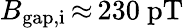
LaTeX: B_{\mathrm{gap,i}}\, {\approx}\, 230~\mathrm{pT}